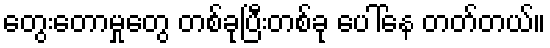
တွေးတောမှုတွေ တစ်ခုပြီးတစ်ခု ပေါ်နေ တတ်တယ်။